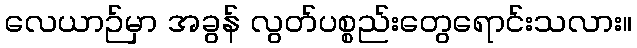
လေယာဉ်မှာ အခွန် လွတ်ပစ္စည်းတွေရောင်းသလား။